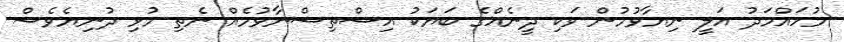
މުހައްމަދު އަލީ ނިޔާވުމުން ވަކި ދީނެއްގެ ބަޔަކު އިސްތިސްނާވުމެއް ނެތި މުޅި ދުނިޔެވެސް